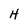
Character: H